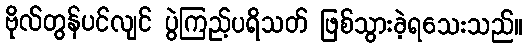
ဗိုလ်တွန်ပင်လျင် ပွဲကြည့်ပရိသတ် ဖြစ်သွားခဲ့ရသေးသည်။